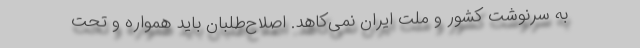
به سرنوشت کشور و ملت ایران نمی‌کاهد. اصلاح‌طلبان باید همواره و تحت